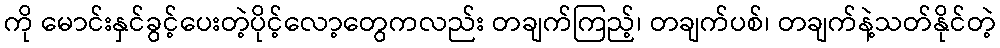
ကို မောင်းနှင်ခွင့်ပေးတဲ့ပိုင့်လော့တွေကလည်း တချက်ကြည့်၊ တချက်ပစ်၊ တချက်နဲ့သတ်နိုင်တဲ့